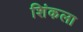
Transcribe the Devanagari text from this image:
शिंकला